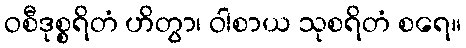
ဝစီဒုစ္စရိတံ ဟိတွာ၊ ဝါစာယ သုစရိတံ စရေ။